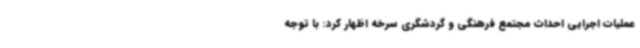
عملیات اجرایی احداث مجتمع فرهنگی و گردشگری سرخه اظهار کرد: با توجه